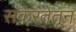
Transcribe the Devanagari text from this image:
संकरतेतून